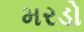
મરડો